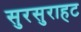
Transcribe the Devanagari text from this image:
सुरसुराहट